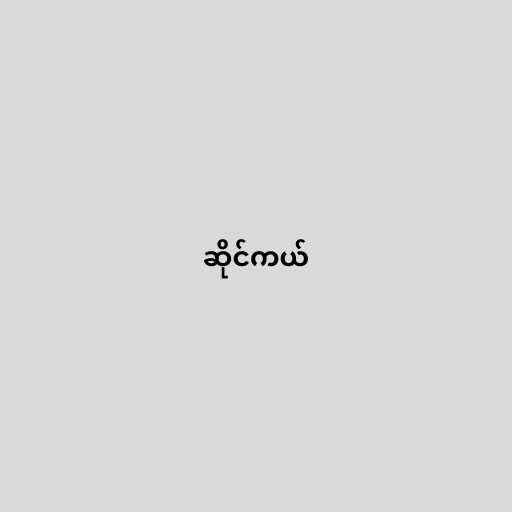
ဆိုင်ကယ်